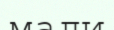
мали